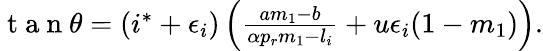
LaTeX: \begin{array}{r}{\mathrm{~t~a~n~}\theta=(i^{*}+\epsilon_{i})\left(\frac{am_{1}-b}{\alpha p_{r}m_{1}-l_{i}}+u\epsilon_{i}(1-m_{1})\right).}\end{array}